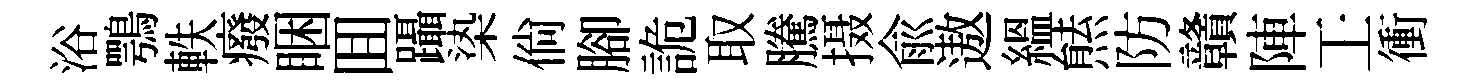
浴鶚軼癈睏囬躡𣑱倘腳詭取騰摄俞遨緼㷱防贛陣壬衝